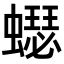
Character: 𧒓